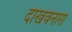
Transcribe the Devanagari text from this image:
दाखवनारा